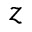
z